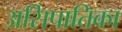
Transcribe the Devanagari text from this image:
असिपातिका